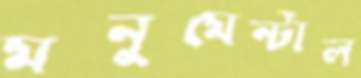
মনুমেন্টাল